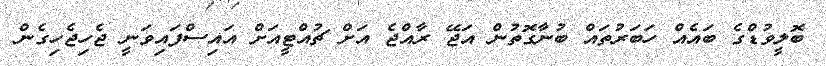
ބޮލީވުޑްގެ ބައެއް ހަބަރުތައް ބުނާގޮތުން އަޖޭ ރާއްޖެ އަށް ޗުއްޓީއަށް އައިސްފައިވަނީ ޖެހިޖެހިގެން